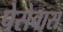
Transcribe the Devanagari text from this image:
पेसेवास